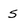
Character: s